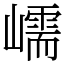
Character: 嶿